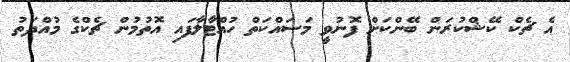
އެ ޗެކް ކޭޝްކުރަން ބޭންކަށް ފޮނުވީ މަސައްކަތް ހުއްޓާލާފައި އޮތުމުން ޗެކްގެ މުއްދަތު